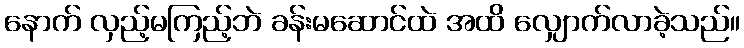
နောက် လှည့်မကြည့်ဘဲ ခန်းမဆောင်ထဲ အထိ လျှောက်လာခဲ့သည်။